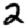
Digit: 2